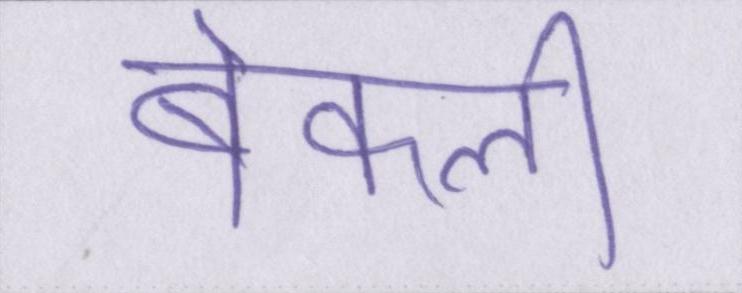
बेकली